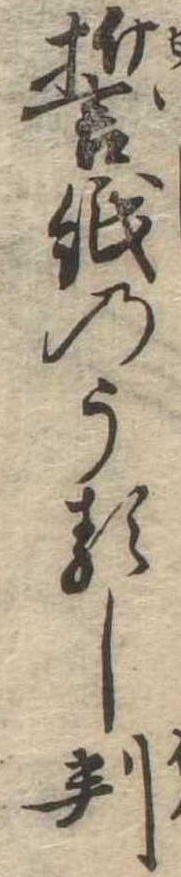
誓紙のうるし判